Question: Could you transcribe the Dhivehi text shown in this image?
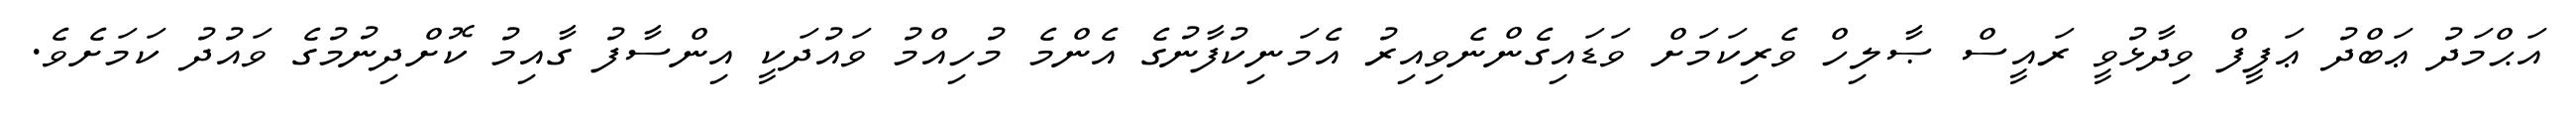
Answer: އަޙްމަދު ޢަބްދު ޢަފީފް ވިދާޅުވީ ރައީސް ޞާލިހް ވެރިކަމަށް ވަޑައިގެންނެވިއިރު އެމަނިކުފާނުގެ އެންމެ މުހިއްމު ވައުދަކީ އިންސާފު ގާއިމު ކޮށްދިނުމުގެ ވައުދު ކަމަށެވެ.